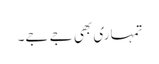
تمہاری بھی جے جے۔